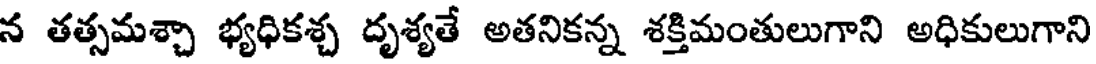
న తత్సమశ్చా భ్యధికశ్చ దృశ్యతే అతనికన్న శక్తిమంతులుగాని అధికులుగాని